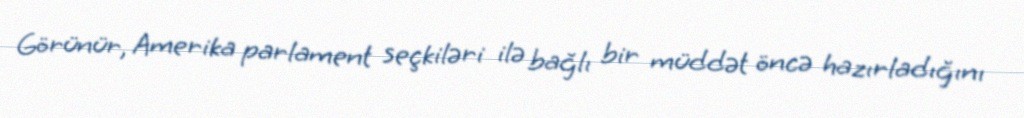
Görünür, Amerika parlament seçkiləri ilə bağlı bir müddət öncə hazırladığını